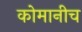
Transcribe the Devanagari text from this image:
कोमानीच